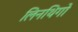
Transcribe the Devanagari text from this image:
लिनथिगो